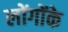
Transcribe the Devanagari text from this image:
लोंगोंके